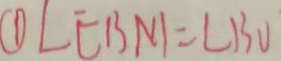
\textcircled { 1 } \angle E B N = \angle B V